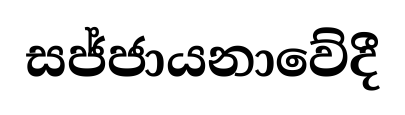
සජ්ජායනාවේදී